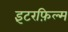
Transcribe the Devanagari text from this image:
इंटरफ़िल्म